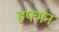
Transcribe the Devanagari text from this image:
हफ्मन